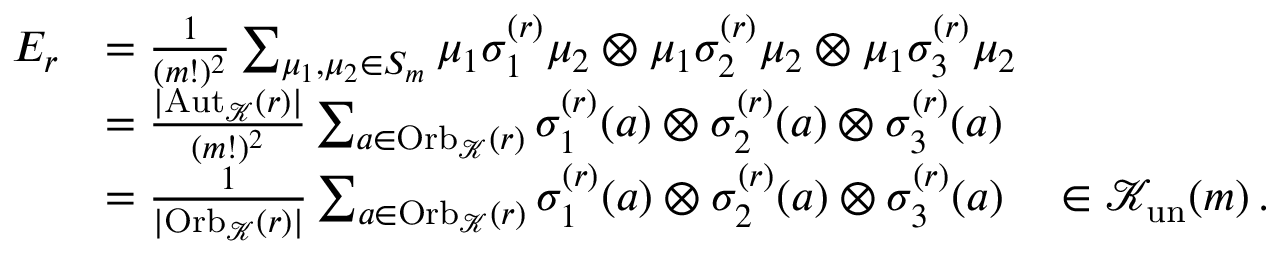
\begin{array} { r l } { E _ { r } } & { = \frac { 1 } { ( m ! ) ^ { 2 } } \sum _ { \mu _ { 1 } , \mu _ { 2 } \in S _ { m } } \mu _ { 1 } \sigma _ { 1 } ^ { ( r ) } \mu _ { 2 } \otimes \mu _ { 1 } \sigma _ { 2 } ^ { ( r ) } \mu _ { 2 } \otimes \mu _ { 1 } \sigma _ { 3 } ^ { ( r ) } \mu _ { 2 } } \\ & { = \frac { | \mathrm { A u t } _ { \mathcal { K } } ( r ) | } { ( m ! ) ^ { 2 } } \sum _ { a \in \mathrm { O r b } _ { \mathcal { K } } ( r ) } \sigma _ { 1 } ^ { ( r ) } ( a ) \otimes \sigma _ { 2 } ^ { ( r ) } ( a ) \otimes \sigma _ { 3 } ^ { ( r ) } ( a ) } \\ & { = \frac { 1 } { | \mathrm { O r b } _ { \mathcal { K } } ( r ) | } \sum _ { a \in \mathrm { O r b } _ { \mathcal { K } } ( r ) } \sigma _ { 1 } ^ { ( r ) } ( a ) \otimes \sigma _ { 2 } ^ { ( r ) } ( a ) \otimes \sigma _ { 3 } ^ { ( r ) } ( a ) \quad \in \mathcal { K } _ { \mathrm { u n } } ( m ) \, . } \end{array}